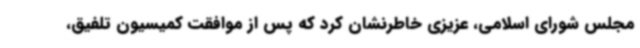
مجلس شورای اسلامی، عزیزی خاطرنشان کرد که پس از موافقت کمیسیون تلفیق،